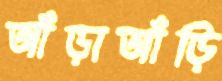
আঁড়াআঁড়ি